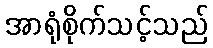
အာရုံစိုက်သင့်သည်